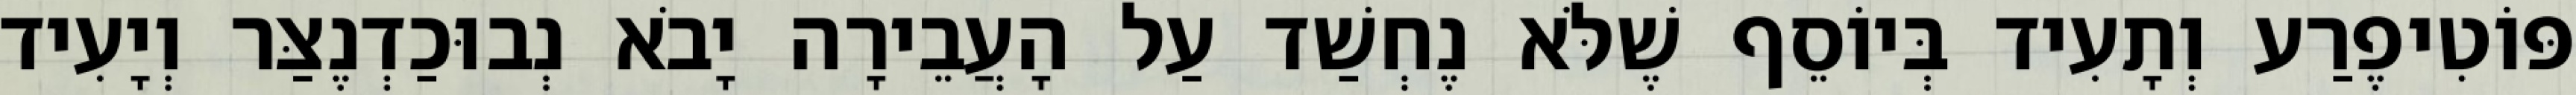
פּוֹטִיפֶרַע וְתָעִיד בְּיוֹסֵף שֶׁלֹּא נֶחְשַׁד עַל הָעֲבֵירָה יָבֹא נְבוּכַדְנֶצַּר וְיָעִיד